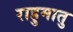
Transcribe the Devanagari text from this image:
राहुमातु